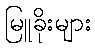
မြူခိုးများ